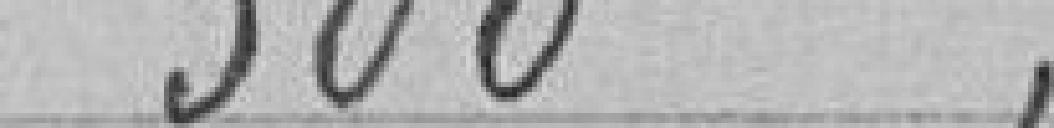
300 "